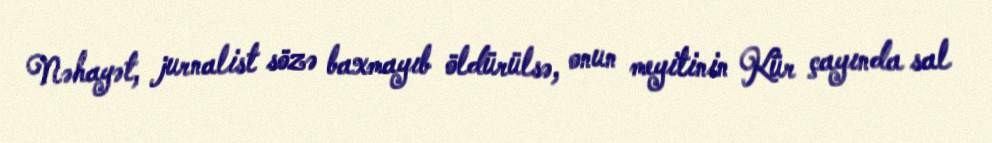
Nəhayət, jurnalist sözə baxmayıb öldürülsə, onun meyitinin Kür çayında sal